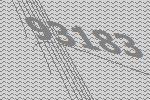
93183